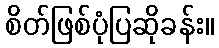
စိတ်ဖြစ်ပုံပြဆိုခန်း။